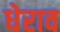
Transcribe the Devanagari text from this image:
धेराव